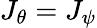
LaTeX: J_{\theta}=J_{\psi}